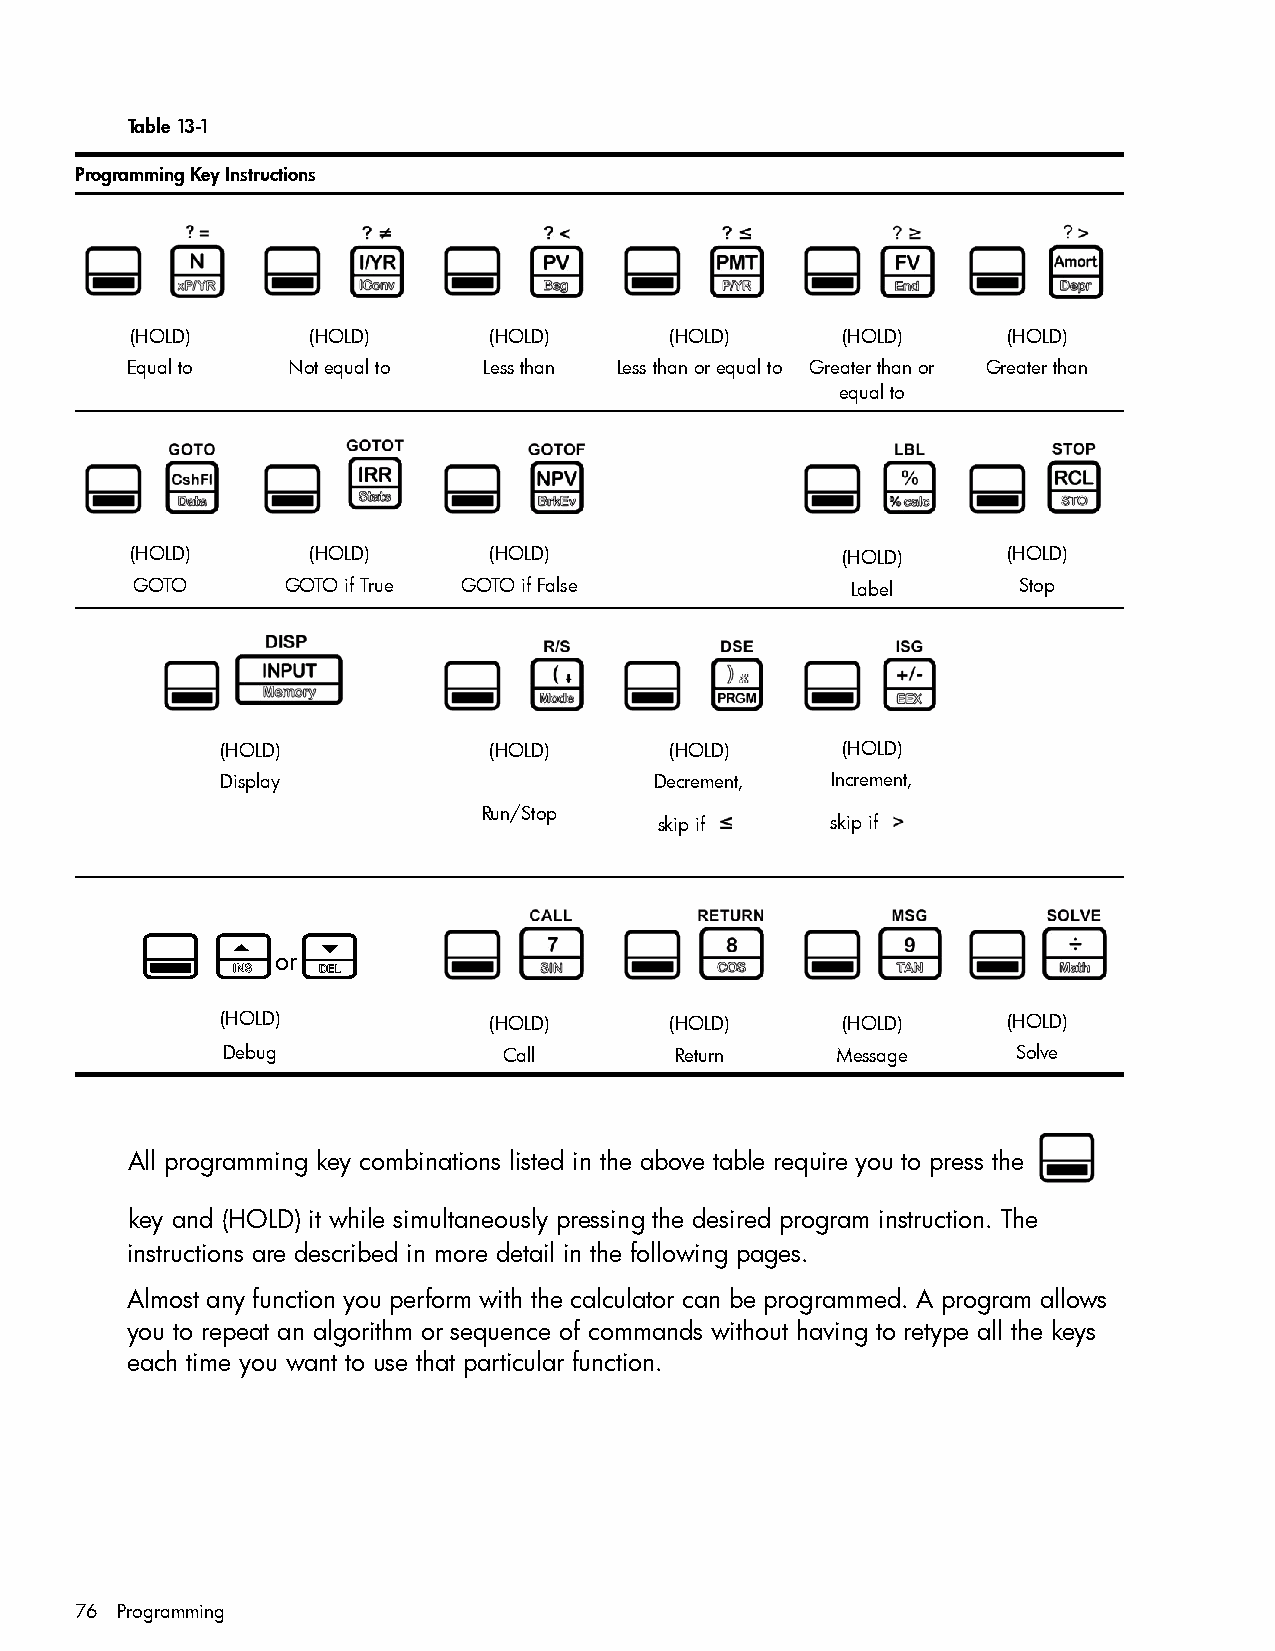
Table 13-1
 Programming Key Instructions
 (HOLD)     (HOLD)      (HOLD)      (HOLD)      (HOLD)     (HOLD)
 Equal to   Not equal to Less than Less than or equal to Greater than or Greater than
 equal to
 (HOLD)     (HOLD)      (HOLD)                  (HOLD)     (HOLD)
 GOTO      GOTO if True GOTO if False           Label      Stop
 (HOLD)           (HOLD)      (HOLD)      (HOLD)
 Display                     Decrement,  Increment,
 Run/Stop
 skip if    skip if
 :    >     <
 or
 (HOLD)           (HOLD)      (HOLD)      (HOLD)     (HOLD)
 Debug             Call        Return    Message     Solve
 All programming key combinations listed in the above table require you to press the
 key and (HOLD) it while simultaneously pressing the desired program instruction. The
 instructions are described in more detail in the following pages.
 Almost any function you perform with the calculator can be programmed. A program allows
 you to repeat an algorithm or sequence of commands without having to retype all the keys
 each time you want to use that particular function.
 76 Programming